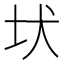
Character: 𡉩